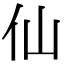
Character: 仙